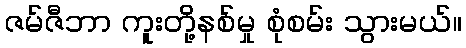
ဇမ်ဇီဘာ ကူးတို့နစ်မှု စုံစမ်း သွားမယ်။